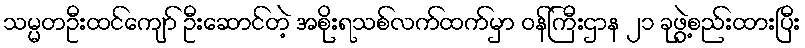
သမ္မတဦးထင်ကျော် ဦးဆောင်တဲ့ အစိုးရသစ်လက်ထက်မှာ ဝန်ကြီးဌာန ၂၁ ခုဖွဲ့စည်းထားပြီး